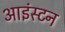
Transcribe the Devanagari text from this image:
आइंस्टन